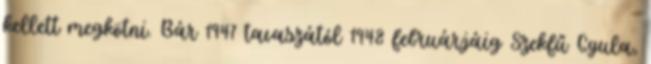
kellett megkötni. Bár 1947 tavaszától 1948 februárjáig Szekfű Gyula,